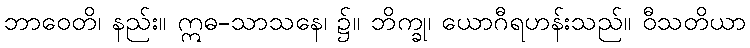
ဘာဝေတိ၊ နည်း။ ဣဓ-သာသနေ၊ ၌။ ဘိက္ခု၊ ယောဂီရဟန်းသည်။ ဝီသတိယာ